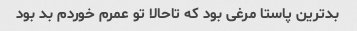
بدترین پاستا مرغی بود که تاحالا تو عمرم خوردم بد بود